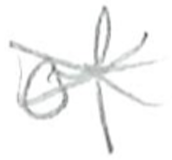
Text: of
Cross-out: cross
Writing tool: pencil